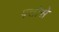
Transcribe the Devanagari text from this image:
पत्तोसे